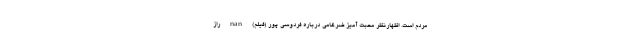
مردم است. اظهارنظر محبت آمیز ضرغامی درباره فردوسی پور (فیلم) nan راز